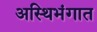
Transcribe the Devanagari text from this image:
अस्थिभंगात